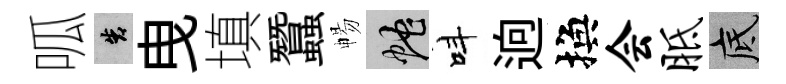
呱告曳填蠶暢蛇呌逈換会胝底